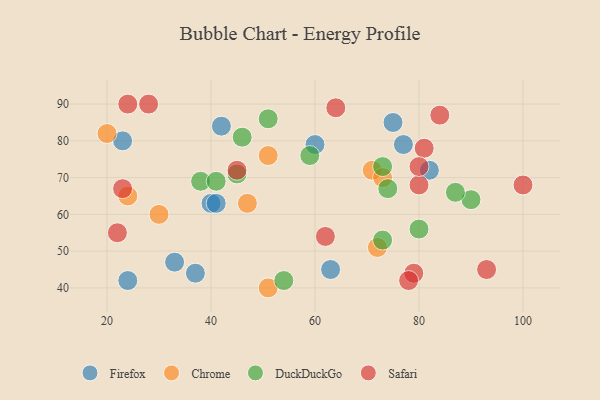
{"axis": {"x": "GDP", "y": "Life Expectancy"}, "legend": ["Chrome", "DuckDuckGo", "Firefox", "Safari"], "data": [{"x": "77", "y": 79, "type": "Firefox"}, {"x": "40", "y": 63, "type": "Firefox"}, {"x": "75", "y": 85, "type": "Firefox"}, {"x": "24", "y": 42, "type": "Firefox"}, {"x": "63", "y": 45, "type": "Firefox"}, {"x": "33", "y": 47, "type": "Firefox"}, {"x": "23", "y": 80, "type": "Firefox"}, {"x": "37", "y": 44, "type": "Firefox"}, {"x": "42", "y": 84, "type": "Firefox"}, {"x": "60", "y": 79, "type": "Firefox"}, {"x": "82", "y": 72, "type": "Firefox"}, {"x": "41", "y": 63, "type": "Firefox"}, {"x": "24", "y": 65, "type": "Chrome"}, {"x": "51", "y": 40, "type": "Chrome"}, {"x": "72", "y": 51, "type": "Chrome"}, {"x": "51", "y": 76, "type": "Chrome"}, {"x": "20", "y": 82, "type": "Chrome"}, {"x": "47", "y": 63, "type": "Chrome"}, {"x": "71", "y": 72, "type": "Chrome"}, {"x": "73", "y": 70, "type": "Chrome"}, {"x": "30", "y": 60, "type": "Chrome"}, {"x": "38", "y": 69, "type": "DuckDuckGo"}, {"x": "59", "y": 76, "type": "DuckDuckGo"}, {"x": "73", "y": 53, "type": "DuckDuckGo"}, {"x": "46", "y": 81, "type": "DuckDuckGo"}, {"x": "45", "y": 71, "type": "DuckDuckGo"}, {"x": "73", "y": 73, "type": "DuckDuckGo"}, {"x": "90", "y": 64, "type": "DuckDuckGo"}, {"x": "74", "y": 67, "type": "DuckDuckGo"}, {"x": "80", "y": 56, "type": "DuckDuckGo"}, {"x": "87", "y": 66, "type": "DuckDuckGo"}, {"x": "54", "y": 42, "type": "DuckDuckGo"}, {"x": "41", "y": 69, "type": "DuckDuckGo"}, {"x": "51", "y": 86, "type": "DuckDuckGo"}, {"x": "45", "y": 72, "type": "Safari"}, {"x": "23", "y": 67, "type": "Safari"}, {"x": "100", "y": 68, "type": "Safari"}, {"x": "80", "y": 68, "type": "Safari"}, {"x": "62", "y": 54, "type": "Safari"}, {"x": "79", "y": 44, "type": "Safari"}, {"x": "84", "y": 87, "type": "Safari"}, {"x": "22", "y": 55, "type": "Safari"}, {"x": "24", "y": 90, "type": "Safari"}, {"x": "93", "y": 45, "type": "Safari"}, {"x": "28", "y": 90, "type": "Safari"}, {"x": "78", "y": 42, "type": "Safari"}, {"x": "81", "y": 78, "type": "Safari"}, {"x": "80", "y": 73, "type": "Safari"}, {"x": "64", "y": 89, "type": "Safari"}]}